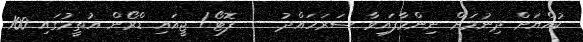
ކުއްޔަށް ދިނުމަށް ނިންމާފައިވާ ސަރަހައްދު --- ފޮޓޯ/ ޖީއައި ޑްރޯން އުތީމުގައި 100